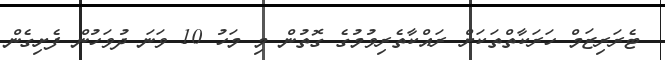
ޓެރަރިޒަމް ހަރަކާތްތަކަށް ރައްކާތެރިވުމުގެ ގޮތުން މި މަހު 10 ވަނަ ދުވަހުން ފެށިގެން